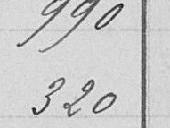
990